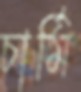
চার্মি